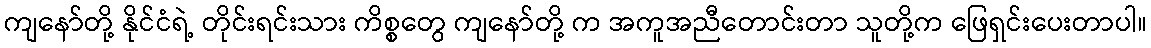
ကျနော်တို့ နိုင်ငံရဲ့ တိုင်းရင်းသား ကိစ္စတွေ ကျနော်တို့ က အကူအညီတောင်းတာ သူတို့က ဖြေရှင်းပေးတာပါ။